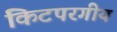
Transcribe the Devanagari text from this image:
किटपरगीय